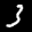
Label: 3